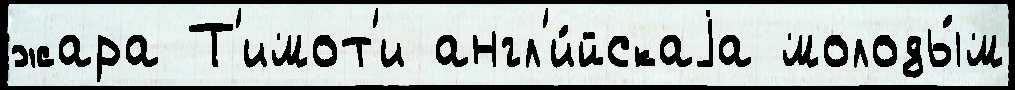
жара Т'имот'и англ'и́йскаjа молоды́м